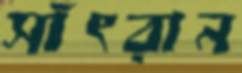
সাঁৎরান